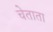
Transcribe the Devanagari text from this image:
चेताता